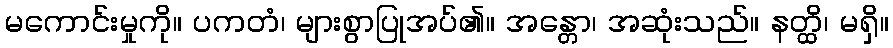
မကောင်းမှုကို။ ပကတံ၊ များစွာပြုအပ်၏။ အန္တော၊ အဆုံးသည်။ နတ္ထိ၊ မရှိ။